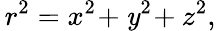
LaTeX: \, r^{2}=x^{2\! }+\mathit{y}^{2\! }+z^{2},